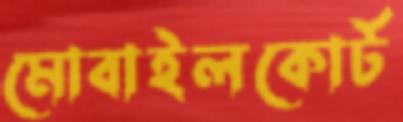
মোবাইলকোর্ট